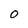
Character: 0